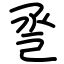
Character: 巹